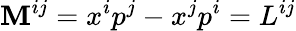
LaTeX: \mathbf{M}^{ij}=x^{i}p^{j}-x^{j}p^{i}=L^{ij}